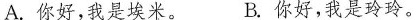
A.你好，我是埃米。 B.你好，我是玲玲。